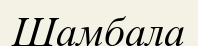
Шамбала